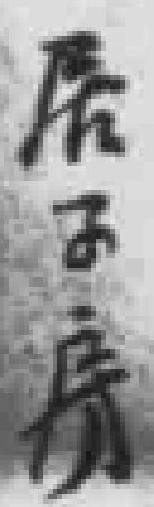
辰子房